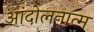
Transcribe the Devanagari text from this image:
आंदोलनात्म